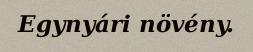
Egynyári növény.